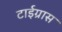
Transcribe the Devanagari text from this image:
टाईग्रास